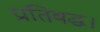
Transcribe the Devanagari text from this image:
प्रतिबद्ध।